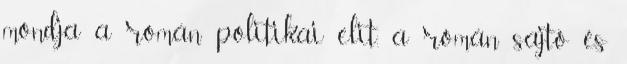
mondja a román politikai elit, a román sajtó és